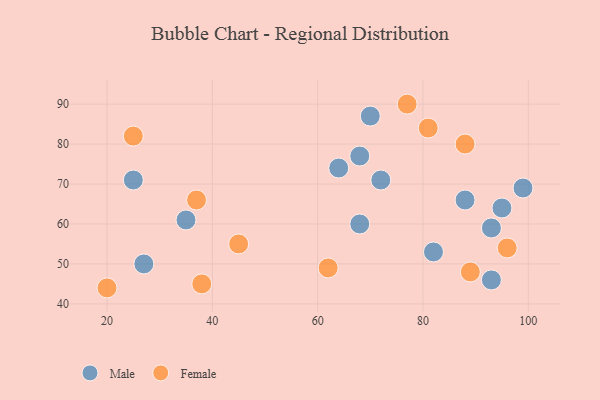
{"axis": {"x": "GDP", "y": "Life Expectancy"}, "legend": ["Female", "Male"], "data": [{"x": "70", "y": 87, "type": "Male"}, {"x": "27", "y": 50, "type": "Male"}, {"x": "82", "y": 53, "type": "Male"}, {"x": "99", "y": 69, "type": "Male"}, {"x": "64", "y": 74, "type": "Male"}, {"x": "35", "y": 61, "type": "Male"}, {"x": "68", "y": 77, "type": "Male"}, {"x": "95", "y": 64, "type": "Male"}, {"x": "93", "y": 59, "type": "Male"}, {"x": "88", "y": 66, "type": "Male"}, {"x": "72", "y": 71, "type": "Male"}, {"x": "25", "y": 71, "type": "Male"}, {"x": "93", "y": 46, "type": "Male"}, {"x": "68", "y": 60, "type": "Male"}, {"x": "45", "y": 55, "type": "Female"}, {"x": "37", "y": 66, "type": "Female"}, {"x": "25", "y": 82, "type": "Female"}, {"x": "62", "y": 49, "type": "Female"}, {"x": "38", "y": 45, "type": "Female"}, {"x": "88", "y": 80, "type": "Female"}, {"x": "89", "y": 48, "type": "Female"}, {"x": "77", "y": 90, "type": "Female"}, {"x": "81", "y": 84, "type": "Female"}, {"x": "96", "y": 54, "type": "Female"}, {"x": "20", "y": 44, "type": "Female"}]}